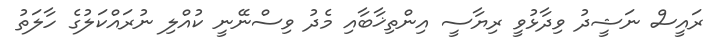
ރައީސް ނަޝީދު ވިދާޅުވީ ރިޔާސީ އިންތިޚާބާއި މެދު ވިސްނޭނީ ކުއްލި ނުރައްކަލުގެ ހާލަތު